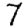
Digit: 7